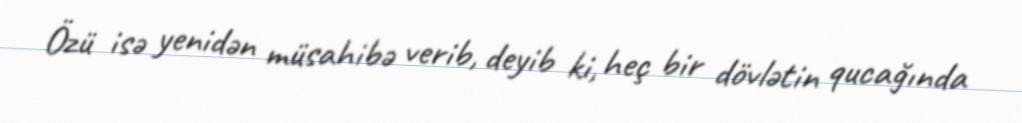
Özü isə yenidən müsahibə verib, deyib ki, heç bir dövlətin qucağında